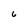
Character: 6